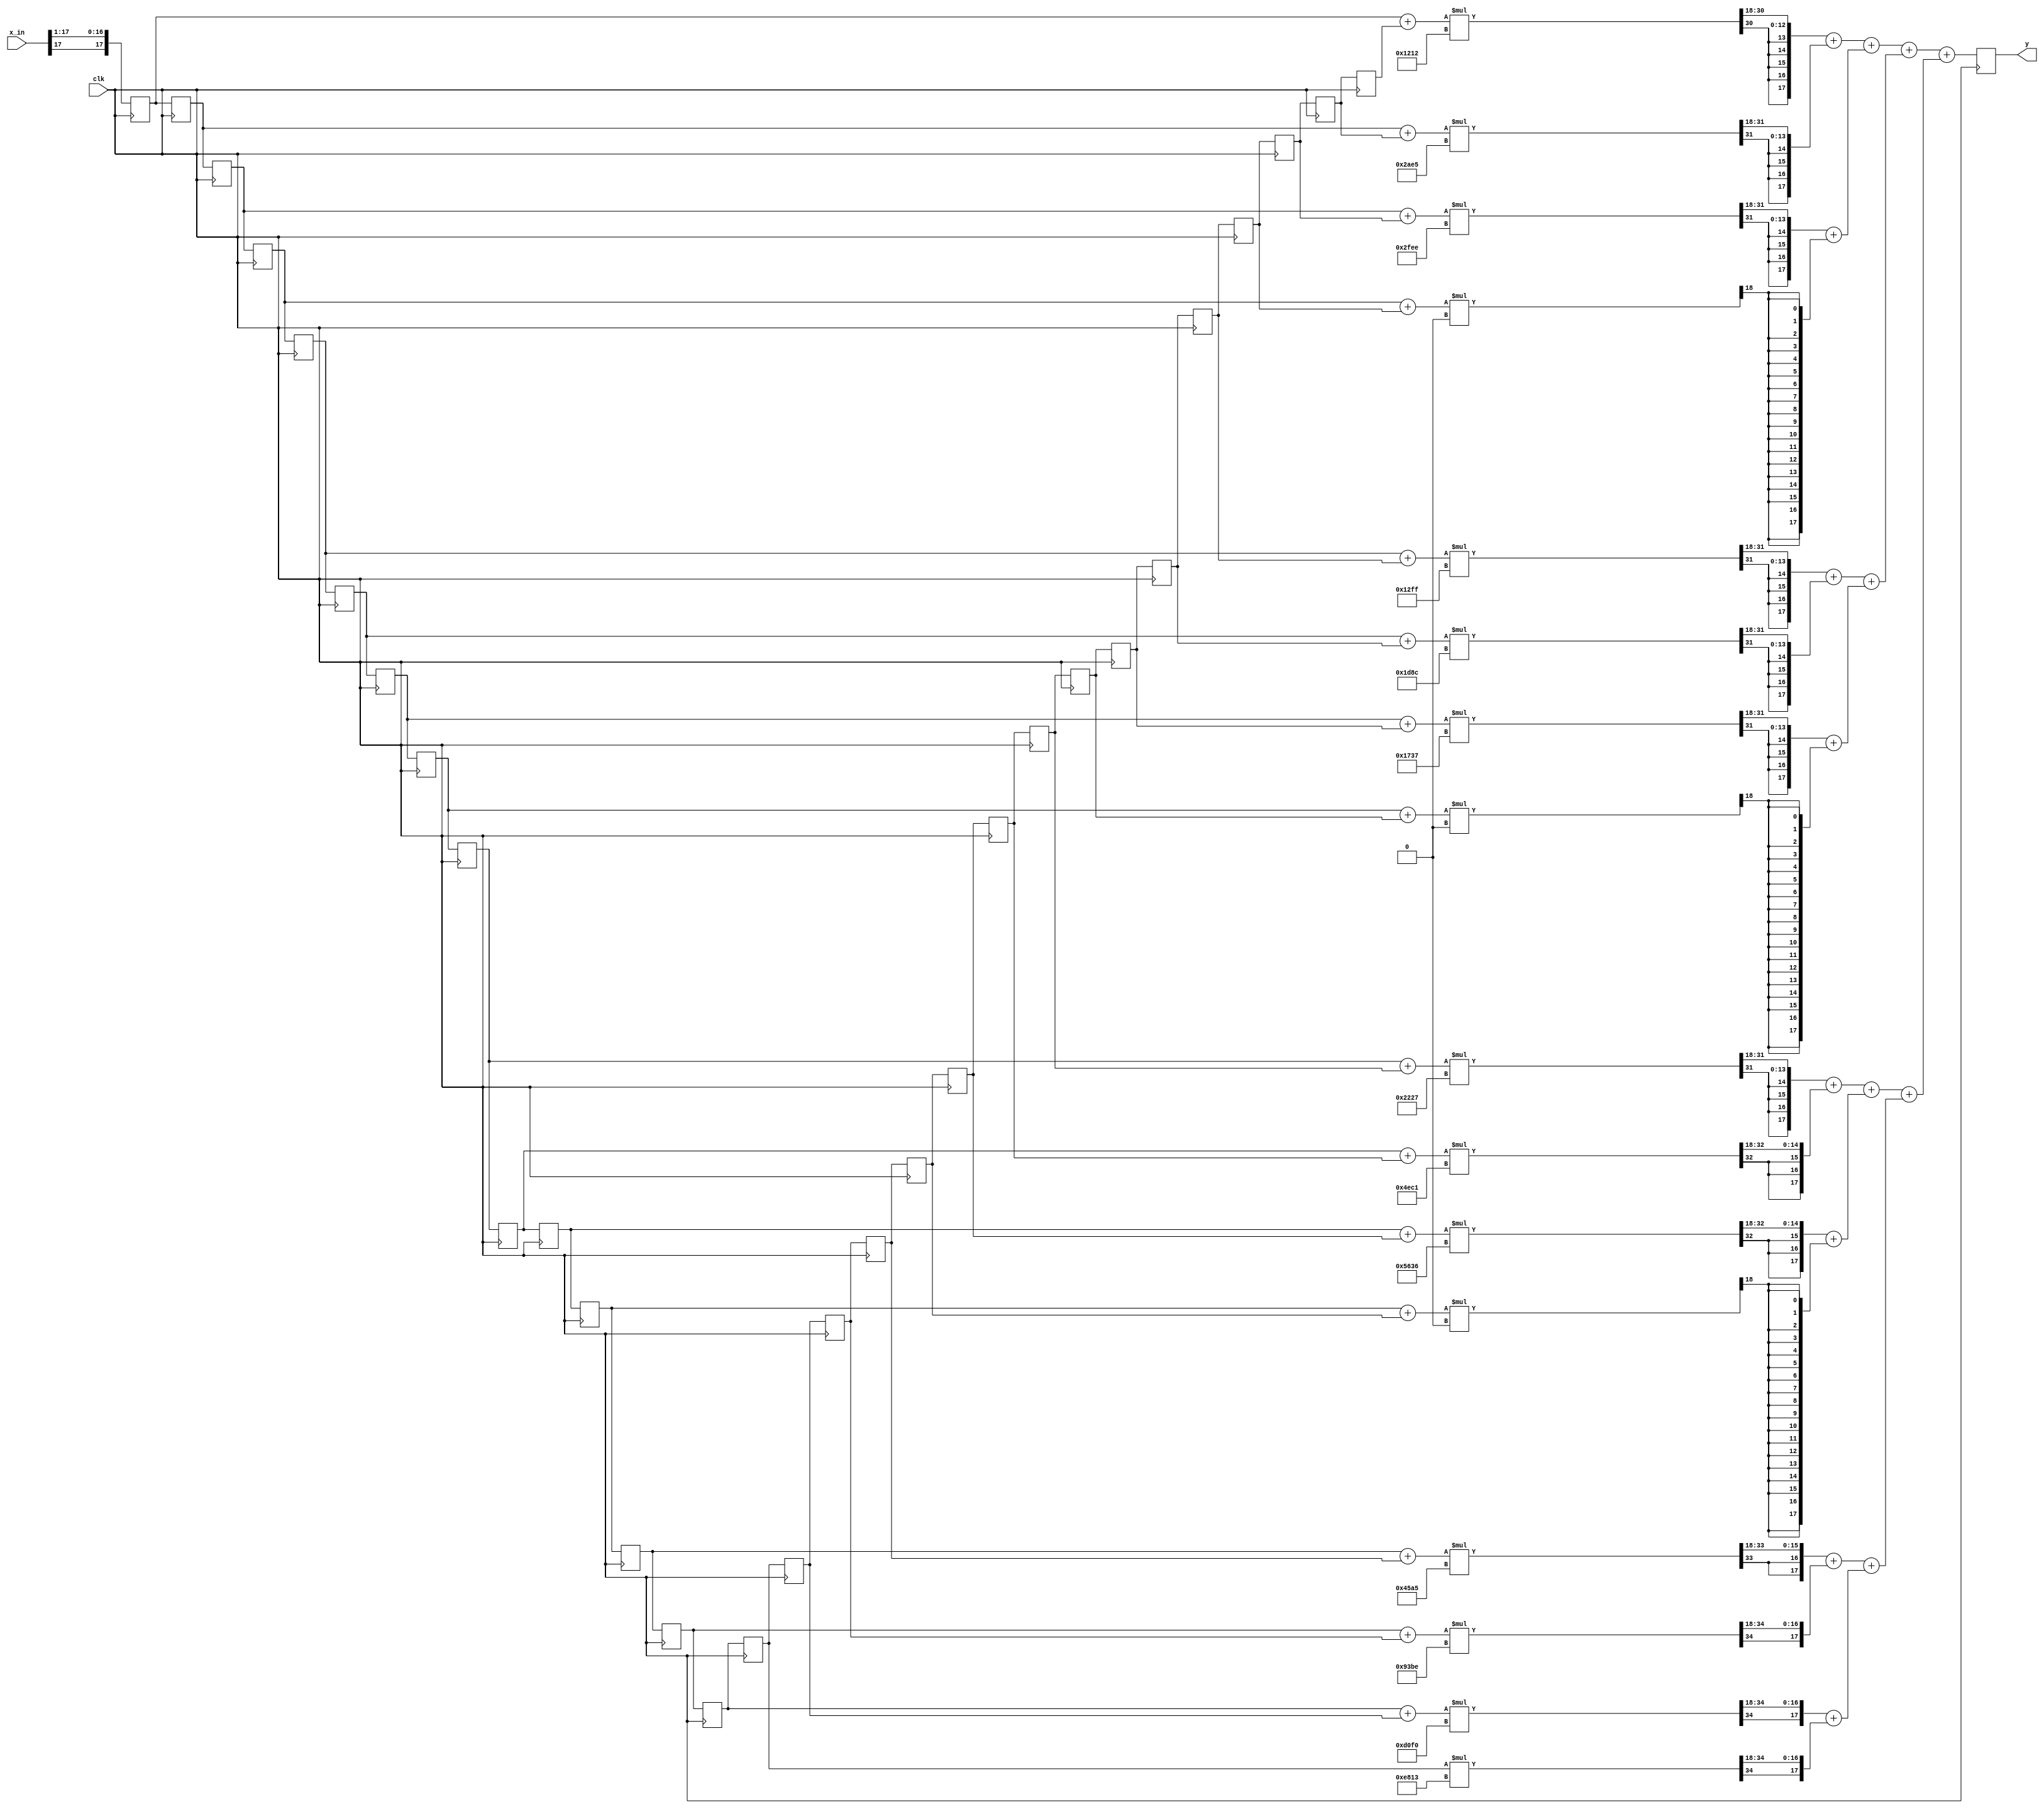
module approx_brick_wall_filt (
          input clk,
		   input signed [17:0] x_in,
		   output reg signed [17:0] y   );
			
/*
reg signed [17:0] b0, b1, b2, b3, b4, b5, b6, b7,
                  b8, b9, b10, b11, b12, b13, b14, b15;
reg signed [17:0] x0, x1, x2, x3, x4, x5, x6, x7, x8, x9,
                  x10, x11, x12, x13, x14, x15, x16, x17,
						x18, x19, 
						X20, X21, X2, X2, X2, X2, X2, 
						X2, X2, X2, 
*/
integer i;	
//b is a 1d vector with 16 elements, each element is 18 bits wide
reg signed [17:0]	b[15:0];				 
reg signed [17:0]	x[30:0];	
reg signed [35:0] mult_out[15:0];
reg signed [17:0] sum_level_1[15:0];
reg signed [17:0] sum_level_2[7:0];
reg signed [17:0] sum_level_3[3:0];
reg signed [17:0] sum_level_4[1:0];
reg signed [17:0] sum_level_5;


always @ (posedge clk)
	x[0] = { x_in[17], x_in[17:1]}; // sign extend input
//	x[0] = { {2{x_in[17]}}, x_in[17:1]}; // 4.1.9 sign extend input since dbled coeffs changes gain to 3s15

//This is a chain of 31 registers one after the other as seen on p.3 of the lab
always @ (posedge clk)
	begin
		for(i=1; i<31;i=i+1)
			x[i] <= x[i-1];
	end

//This is where the registers with common coefficiencts are summed together | p.6 
always @ *
	for(i=0;i<=14;i=i+1)
		sum_level_1[i] = x[i]+x[30-i];

//Since the total number of registers is odd, this is the center reg | p.6
always @ *
	sum_level_1[15] = x[15];


//Multiple the registers with the same coeff w/their respective coeff | p.6 
always @ *
	//4.1.10b
//always @ (posedge clk)
	for(i=0;i<=15; i=i+1)
		mult_out[i] = sum_level_1[i] * b[i];

////Sum the first adder row of registers; output of multipliers are trimmed from 3s33 -> 2s16 | p.7
always @ *
	for(i=0;i<=7;i=i+1)
//		sum_level_2[i] = mult_out[2*i][34:17] + mult_out[2*i+1][34:17];
//Another way to do 4.1.9; leave input as 2s16, coeff 1s17 -> 3s33 -> trim y to 3s15
		sum_level_2[i] = mult_out[2*i][35:18] + mult_out[2*i+1][35:18];


//Sum the second adder row of registers | p.7
always @ *
	for(i=0;i<=3;i=i+1)
		sum_level_3[i] = sum_level_2[2*i] + sum_level_2[2*i+1];
			

//Sum the third adder row of registers | p.7
always @ *
	for(i=0;i<=1;i=i+1)
		sum_level_4[i] = sum_level_3[2*i] + sum_level_3[2*i+1];

//Sum the last adder row of registers to get y[n] | p.7
always @ *
	sum_level_5 = sum_level_4[0] + sum_level_4[1];

always @ (posedge clk)
	y = sum_level_5;

// These are the coefficients; should be found via matlab
always @ *
   begin
   b[0] =  -18'sd   3566;
   b[1] =  -18'sd   5403;
   b[2] =  -18'sd   4114;
   b[3] =   18'sd		  0;
   b[4] =   18'sd   4863;
   b[5] =   18'sd	  7564;
   b[6] =   18'sd   5943;
   b[7] =   18'sd		  0;
   b[8] =  -18'sd   7641;
   b[9] =  -18'sd  12607;
   b[10] = -18'sd  10698;
   b[11] =  18'sd		  0;
   b[12] =  18'sd  17829;
   b[13] =  18'sd  37822;
   b[14] =  18'sd  53488;
   b[15]=   18'sd  59411;
   end

//// 4.1.9 dbl coeffs
//always @ *
//   begin
//   b[0] =  -18'sd   7132;
//   b[1] =  -18'sd  10806;
//   b[2] =  -18'sd   8229;
//   b[3] =   18'sd		  0;
//   b[4] =   18'sd   9725;
//   b[5] =   18'sd	  15129;
//   b[6] =   18'sd   11886;
//   b[7] =   18'sd		  0;
//   b[8] =  -18'sd   15282;
//   b[9] =  -18'sd   25215;
//   b[10] = -18'sd  21395;
//   b[11] =  18'sd		  0;
//   b[12] =  18'sd  35659;
//   b[13] =  18'sd  75644;
//   b[14] =  18'sd  106977;
//   b[15]=   18'sd  118821;
//   end

/* for debugging LITERALLY DOESNT WORK
always@ *
	for (i=0; i<=15; i=i+1)
		if (i==15) % center coefficient
			b[i] = 18'sd 131071; % almost 1 i.e. 1-2^(17)
	else b[i] =18'sd0; % other than center coefficient
*/

/* for debugging
always@ *
	for (i=0; i<=15; i=i+1)
		b[i] =18'sd 8192; % value of 1/16
*/
endmodule